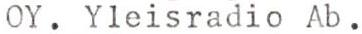
OY. Yleisradio Ab.